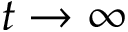
t \rightarrow \infty